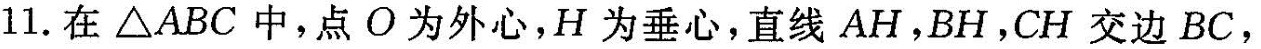
11.在\triangle ABC中，点O为外心，H为垂心，直线AH，BH，CH交边BC，